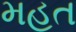
મહત